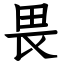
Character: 畏